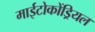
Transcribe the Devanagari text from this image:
माईटोकोंड्रियल